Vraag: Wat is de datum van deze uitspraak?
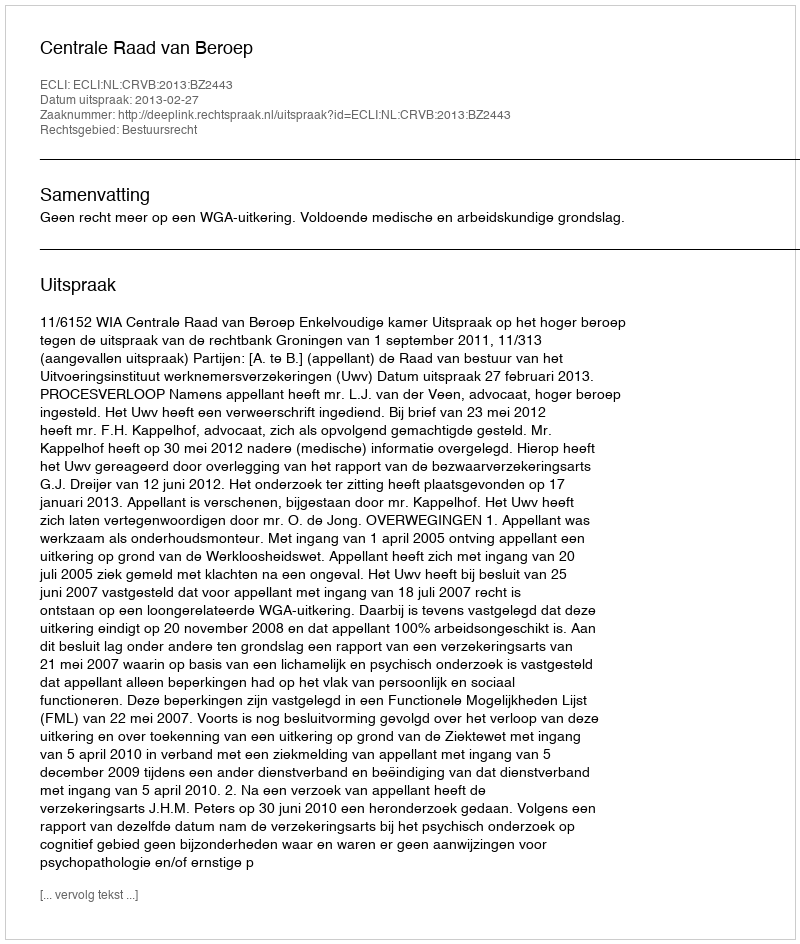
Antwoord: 2013-02-27